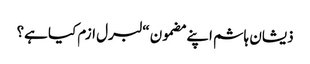
ذیشان ہاشم اپنے مضمون “لبرل ازم کیا ہے؟